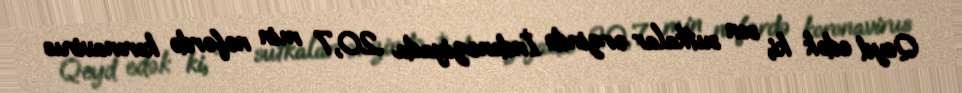
Qeyd edək ki, son sutkalar ərzində İndoneziyada 20,7 min nəfərdə koronavirus